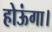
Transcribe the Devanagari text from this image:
होऊंगा।